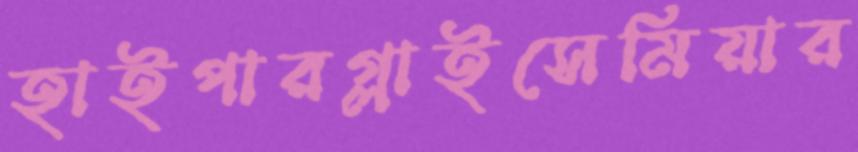
হাইপারগ্লাইসেমিয়ার